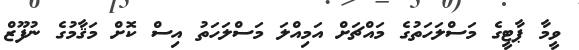
ވީމާ ޕާޓީގެ މަސްލަހަތުގެ މައްޗަށް އަމިއްލަ މަސްލަހަތު އިސް ކޮށް މަޤާމުގެ ނުފޫޒް